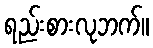
ရည်းစားလုဘက်။